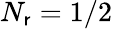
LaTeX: N_{\mathsf{r}}=1/2